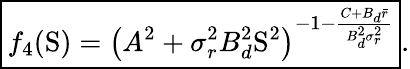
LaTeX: \boxed{f_{4}(\mathrm{S})=\left(A^{2}+\sigma_{r}^{2}B_{d}^{2}\mathrm{S}^{2}\right)^{-1-\frac{C+B_{d}\bar{r}}{B_{d}^{2}\sigma_{r}^{2}}}}.